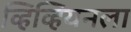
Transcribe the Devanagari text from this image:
व्हिव्हियनला